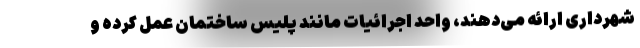
شهرداری ارائه می‌دهند، واحد اجرائیات مانند پلیس ساختمان عمل کرده و